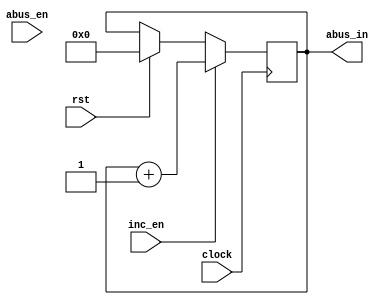
module coun(	input [2:0] abus_en,
					input rst, inc_en, clock,
					output wire [31:0] abus_in);
					
	reg [31:0] data = 0;
	//reg [31:0] abus = 0;
	initial begin
		data = 0;
	end
	/*
	always @(posedge clock)
		begin
			if (abus_en == 3'b110)
				abus <= data;
		end 
	*/
	always @(negedge clock)
		begin
			if (rst)
				data <= 32'b0;
			if (inc_en)
				data <= data + 1;
		end
		
	assign abus_in = data; 
	
endmodule